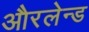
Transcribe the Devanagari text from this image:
औरलेन्ड